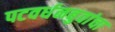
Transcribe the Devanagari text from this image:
पटवर्धनबुवांचा